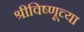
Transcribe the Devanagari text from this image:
श्रीविष्णूच्या